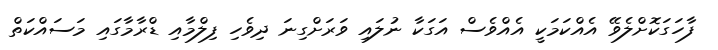
ފާހަގަކޮށްލެވޭ އެއްކަމަކީ އެއްވެސް އަގަކާ ނުލައި ވަރަށްގިނަ ދިވެހި ފިލްމާއި ޑްރާމާގައި މަސައްކަތް